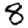
Digit: 8